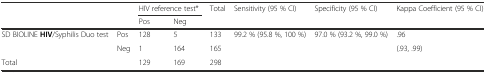
| <ROWSPAN=2-COLSPAN=2>  | <COLSPAN=2> HIV reference test* | <ROWSPAN=2> Total | Sensitivity (95 % CI) | Specificity (95 % CI) | Kappa Coefficient (95 % CI) |
 | Pos | Neg |  |  |  |
 | --- | --- | --- | --- | --- | --- | --- | --- |
 | <ROWSPAN=2> SD BIOLINE HIV/Syphilis Duo test | Pos | 128 | 5 | 133 | 99.2 % (95.8 %, 100 %) | 97.0 % (93.2 %, 99.0 %) | .96 |
 | Neg | 1 | 164 | 165 |  |  | (.93, .99) |
 | <COLSPAN=2> Total | 129 | 169 | 298 |  |  |  |